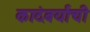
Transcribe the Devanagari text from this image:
कादंबर्यांची